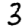
Digit: 3